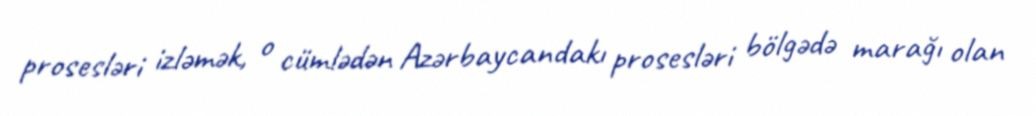
prosesləri izləmək, o cümlədən Azərbaycandakı prosesləri bölgədə marağı olan